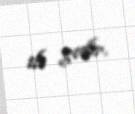
ilə gedir.